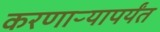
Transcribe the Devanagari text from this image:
करणाऱ्यापर्यंत